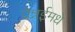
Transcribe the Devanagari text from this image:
चेन्नईमधे